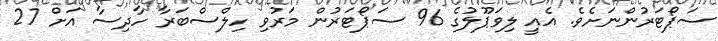
ސަޕޯޓަރުންނަށެވެ. އެއީ ލިވަޕޫލުގެ 96 ސަޕޯޓަރުން މަރުވި ހިލްސްބަރާ ހާދިސާ އަށް 27